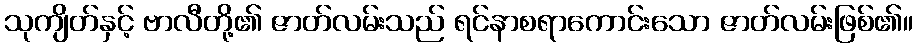
သုကျိတ်နှင့် ဗာလီတို့၏ ဇာတ်လမ်းသည် ရင်နာစရာကောင်းသော ဇာတ်လမ်းဖြစ်၏။